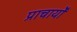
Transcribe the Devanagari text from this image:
प्राचार्यों